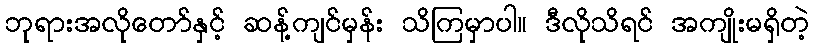
ဘုရားအလိုတော်နှင့် ဆန့်ကျင်မှန်း သိကြမှာပါ။ ဒီလိုသိရင် အကျိုးမရှိတဲ့